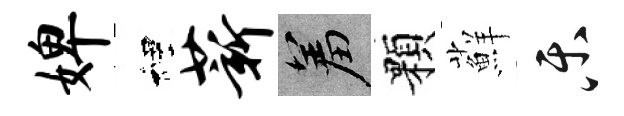
婢裡薪羞顆蘚乐